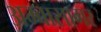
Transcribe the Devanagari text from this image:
अम्बासागर